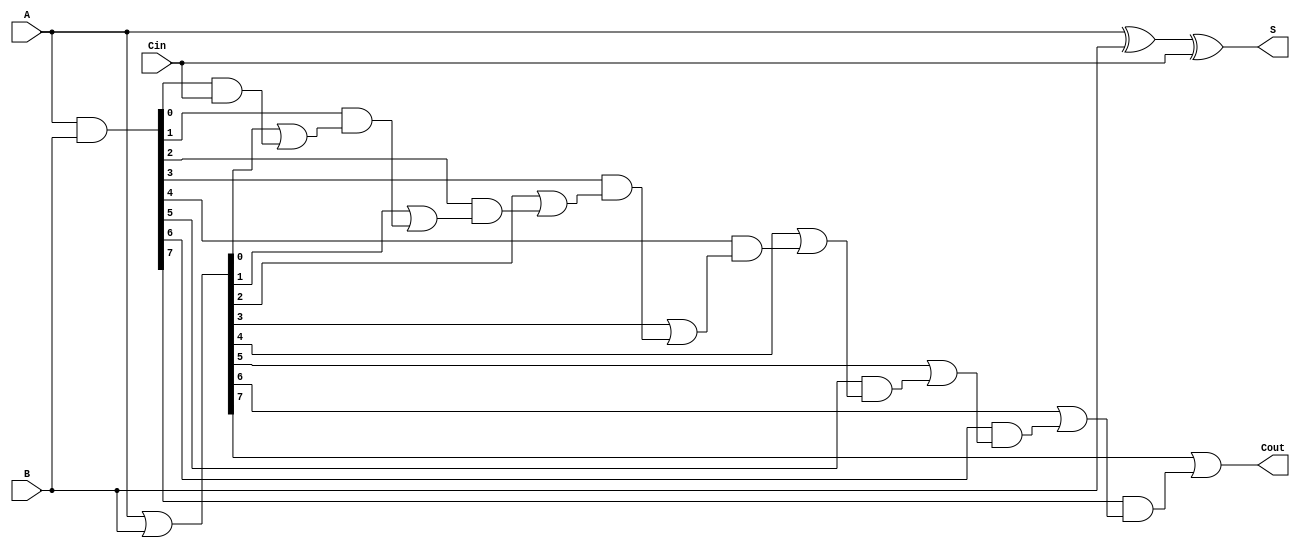
module carry_lookahead_adder (
    input wire [7:0] A,
    input wire [7:0] B,
    input wire Cin,
    output wire [7:0] S,
    output wire Cout
);

// Internal signals
wire [7:0] P, G;

// Generate and propagate signals
assign P = A & B;
assign G = A | B;

// Carry lookahead logic
wire [7:0] C1, C2, C3, C4, C5, C6, C7, C8;

assign C1 = Cin;
assign C2 = G[0] | (P[0] & C1);
assign C3 = G[1] | (P[1] & C2);
assign C4 = G[2] | (P[2] & C3);
assign C5 = G[3] | (P[3] & C4);
assign C6 = G[4] | (P[4] & C5);
assign C7 = G[5] | (P[5] & C6);
assign C8 = G[6] | (P[6] & C7);

// Calculate sum and carry out
assign S = A ^ B ^ Cin;
assign Cout = G[7] | (P[7] & C8);

endmodule